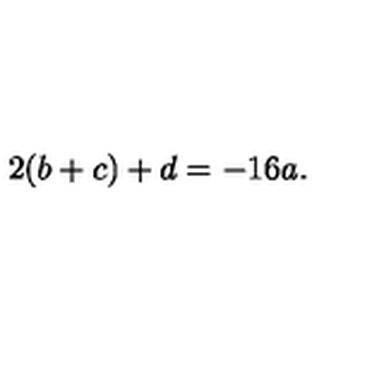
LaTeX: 2 ( b + c ) + d = - 1 6 a .